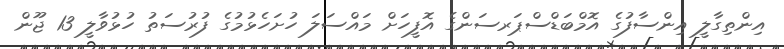
އިންތިގާލީ އިންސާފުގެ އޮމްބަޑްސްޕަރސަންގެ އޮފީހަށް މައްސަލަ ހުށަހެޅުމުގެ ފުރުސަތު ހުޅުވާލީ 13 ޖޫން